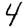
Digit: 4